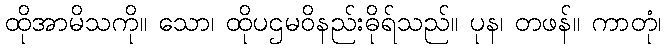
ထိုအာမိသကို။ သော၊ ထိုပဌမဝိနည်းဓိုရ်သည်။ ပုန၊ တဖန်။ ကာတုံ၊